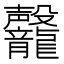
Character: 𪚣